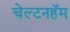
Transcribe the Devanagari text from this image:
चेल्टनहॅम